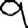
Digit: 9